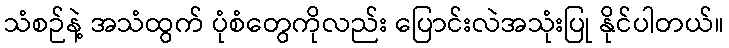
သံစဉ်နဲ့ အသံထွက် ပုံစံတွေကိုလည်း ပြောင်းလဲအသုံးပြု နိုင်ပါတယ်။